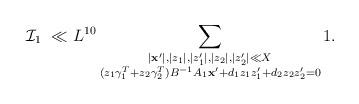
LaTeX: \begin{align*} \mathcal{I}_1\ \ll &\ L^{10}\sum_{\substack{|\mathbf{x}'|,|z_1|,|z_1'|,|z_2|,|z_2'|\ll X\\ (z_1 \gamma_1^{T} +z_2 \gamma_2^T)B^{-1}A_1\mathbf{x}'+d_1z_1z_1'+d_2z_2z_2'=0}}1.\end{align*}